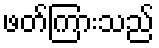
ဖတ်ကြားသည်